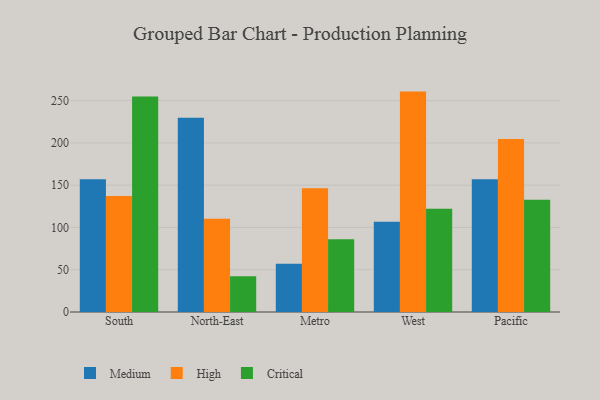
{"axis": {"x": "Region", "y": "Churn Rate (%)"}, "legend": ["Critical", "High", "Medium"], "data": [{"x": "South", "y": 156.9, "type": "Medium"}, {"x": "South", "y": 137.2, "type": "High"}, {"x": "South", "y": 255.0, "type": "Critical"}, {"x": "North-East", "y": 229.7, "type": "Medium"}, {"x": "North-East", "y": 110.4, "type": "High"}, {"x": "North-East", "y": 42.3, "type": "Critical"}, {"x": "Metro", "y": 57.0, "type": "Medium"}, {"x": "Metro", "y": 146.5, "type": "High"}, {"x": "Metro", "y": 86.2, "type": "Critical"}, {"x": "West", "y": 106.8, "type": "Medium"}, {"x": "West", "y": 260.7, "type": "High"}, {"x": "West", "y": 122.2, "type": "Critical"}, {"x": "Pacific", "y": 157.0, "type": "Medium"}, {"x": "Pacific", "y": 204.5, "type": "High"}, {"x": "Pacific", "y": 132.8, "type": "Critical"}]}